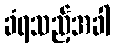
ခံရသည့်အခါ